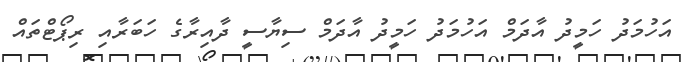
އަހުމަދު ހަމީދު އާދަމް އަހުމަދު ހަމީދު އާދަމް ސިޔާސީ ދާއިރާގެ ހަބަރާއި ރިޕޯޓްތައް